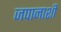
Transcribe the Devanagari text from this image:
जपानाशी